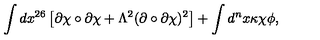
\int d x ^ { 2 6 } \left[ \partial \chi \circ \partial \chi + \Lambda ^ { 2 } ( \partial \circ \partial \chi ) ^ { 2 } \right] + \int d ^ { n } x \kappa \chi \phi ,